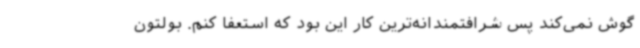
گوش نمی‌کند پس شرافتمندانه‌ترین کار این بود که استعفا کنم. بولتون